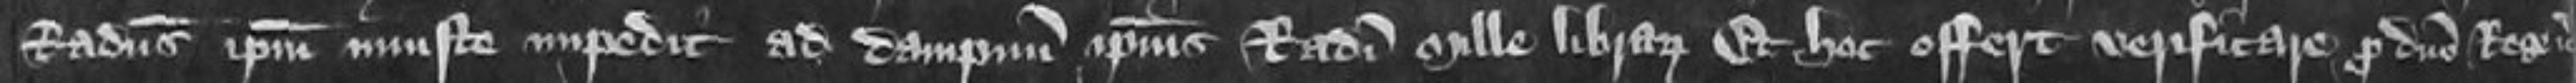
Radulphus ipsum inuste impedit ad dampnum ipsius Radulphi mille Librarum Et hoc offert verificare pro domino Rege etc